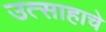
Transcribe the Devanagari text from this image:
उत्साहाचे